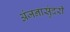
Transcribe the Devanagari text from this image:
अंजनासुंदरी